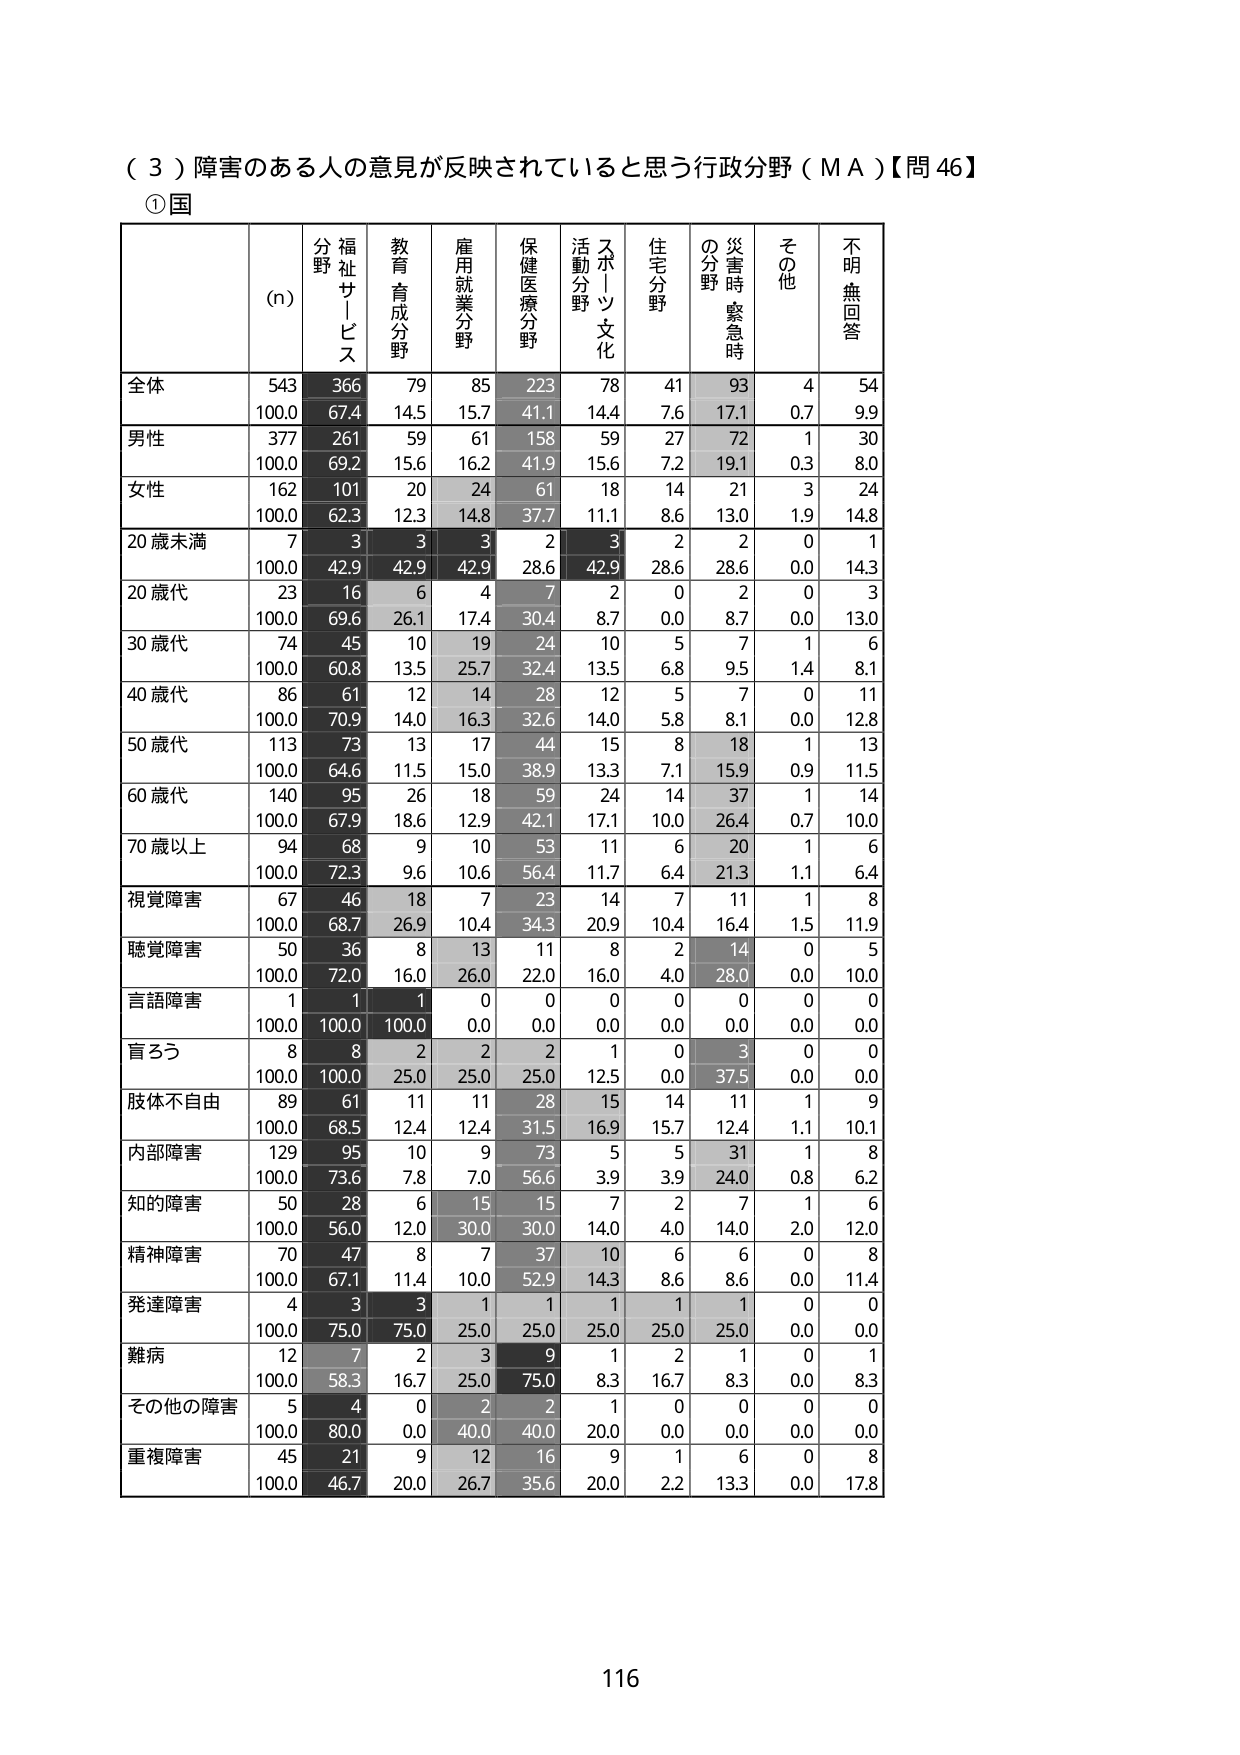
（３）障害のある人の意見が反映されていると思う行政分野（ＭＡ）【問46】
①国
(n)
分野
福祉サービス
教育育成分野
雇用就業分野
保健医療分野
スポーツ文化活動分野
住宅分野
災害時緊急時の分野
その他
不明無回答
全体
543
366
79
85
223
78
41
93
4
54
100.0
67.4
14.5
15.7
41.1
14.4
7.6
17.1
0.7
9.9
男性
377
261
59
61
158
59
27
72
1
30
100.0
69.2
15.6
16.2
41.9
15.6
7.2
19.1
0.3
8.0
女性
162
101
20
24
61
18
14
21
3
24
100.0
62.3
12.3
14.8
37.7
11.1
8.6
13.0
1.9
14.8
20歳未満
7
3
3
3
2
3
2
2
0
1
100.0
42.9
42.9
42.9
28.6
42.9
28.6
28.6
0.0
14.3
20歳代
23
16
6
4
7
2
0
2
0
3
100.0
69.6
26.1
17.4
30.4
8.7
0.0
8.7
0.0
13.0
30歳代
74
45
10
19
24
10
5
7
1
6
100.0
60.8
13.5
25.7
32.4
13.5
6.8
9.5
1.4
8.1
40歳代
86
61
12
14
28
12
5
7
0
11
100.0
70.9
14.0
16.3
32.6
14.0
5.8
8.1
0.0
12.8
50歳代
113
73
13
17
44
15
8
18
1
13
100.0
64.6
11.5
15.0
38.9
13.3
7.1
15.9
0.9
11.5
60歳代
140
95
26
18
59
24
14
37
1
14
100.0
67.9
18.6
12.9
42.1
17.1
10.0
26.4
0.7
10.0
70歳以上
94
68
9
10
53
11
6
20
1
6
100.0
72.3
9.6
10.6
56.4
11.7
6.4
21.3
1.1
6.4
視覚障害
67
46
18
7
23
14
7
11
1
8
100.0
68.7
26.9
10.4
34.3
20.9
10.4
16.4
1.5
11.9
聴覚障害
50
36
8
13
11
8
2
14
0
5
100.0
72.0
16.0
26.0
22.0
16.0
4.0
28.0
0.0
10.0
言語障害
1
1
1
0
0
0
0
0
0
0
100.0
100.0
100.0
0.0
0.0
0.0
0.0
0.0
0.0
0.0
盲ろう
8
8
2
2
2
1
0
3
0
0
100.0
100.0
25.0
25.0
25.0
12.5
0.0
37.5
0.0
0.0
肢体不自由
89
61
11
11
28
15
14
11
1
9
100.0
68.5
12.4
12.4
31.5
16.9
15.7
12.4
1.1
10.1
内部障害
129
95
10
9
73
5
5
31
1
8
100.0
73.6
7.8
7.0
56.6
3.9
3.9
24.0
0.8
6.2
知的障害
50
28
6
15
15
7
2
7
1
6
100.0
56.0
12.0
30.0
30.0
14.0
4.0
14.0
2.0
12.0
精神障害
70
47
8
7
37
10
6
6
0
8
100.0
67.1
11.4
10.0
52.9
14.3
8.6
8.6
0.0
11.4
発達障害
4
3
3
1
1
1
1
1
0
0
100.0
75.0
75.0
25.0
25.0
25.0
25.0
25.0
0.0
0.0
難病
12
7
2
3
9
1
2
1
0
1
100.0
58.3
16.7
25.0
75.0
8.3
16.7
8.3
0.0
8.3
その他の障害
5
4
0
2
2
1
0
0
0
0
100.0
80.0
0.0
40.0
40.0
20.0
0.0
0.0
0.0
0.0
重複障害
45
21
9
12
16
9
1
6
0
8
100.0
46.7
20.0
26.7
35.6
20.0
2.2
13.3
0.0
17.8
116